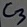
Text: C3